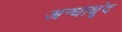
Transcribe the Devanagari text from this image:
अन्धाधूंद